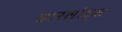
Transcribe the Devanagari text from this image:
हारलोट्स